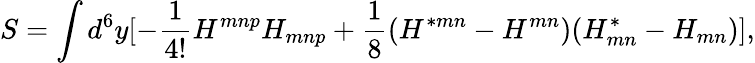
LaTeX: S=\int d^{6}y[-{\frac{1}{4!}}H^{mnp}H_{mnp}+{\frac{1}{8}}(H^{*mn}-H^{mn})(H_{mn}^{*}-H_{mn})],